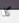
كلا